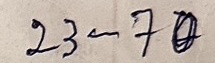
23 - 70